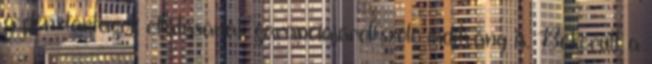
a pénztártagok ellátásának garanciájáról szóló indítvány is. Bekerült a